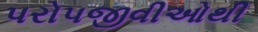
પરોપજીવીઓથી